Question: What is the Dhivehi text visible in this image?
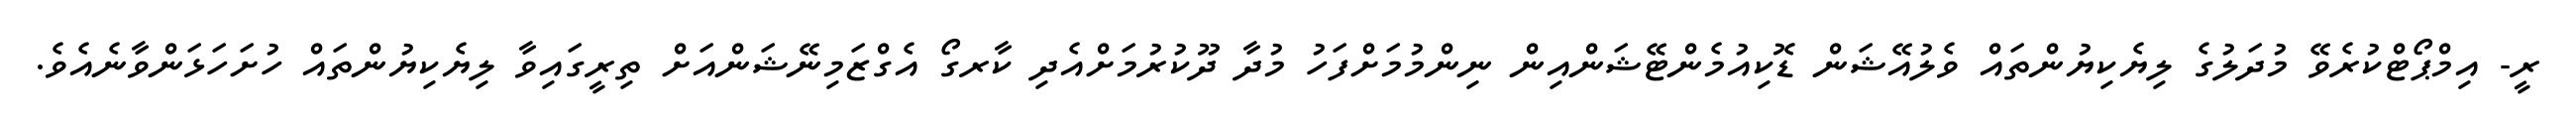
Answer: ރީ- އިމްޕޯޓްކުރެވޭ މުދަލުގެ ލިޔެކިޔުންތައް ވެލުއޭޝަން ޑޮކިއުމެންޓޭޝަންއިން ނިންމުމަށްފަހު މުދާ ދޫކުރުމަށްއެދި ކާރގޯ އެގްޒަމިނޭޝަންއަށް ތިރީގައިވާ ލިޔެކިޔުންތައް ހުށަހަޅަންވާނެއެވެ.